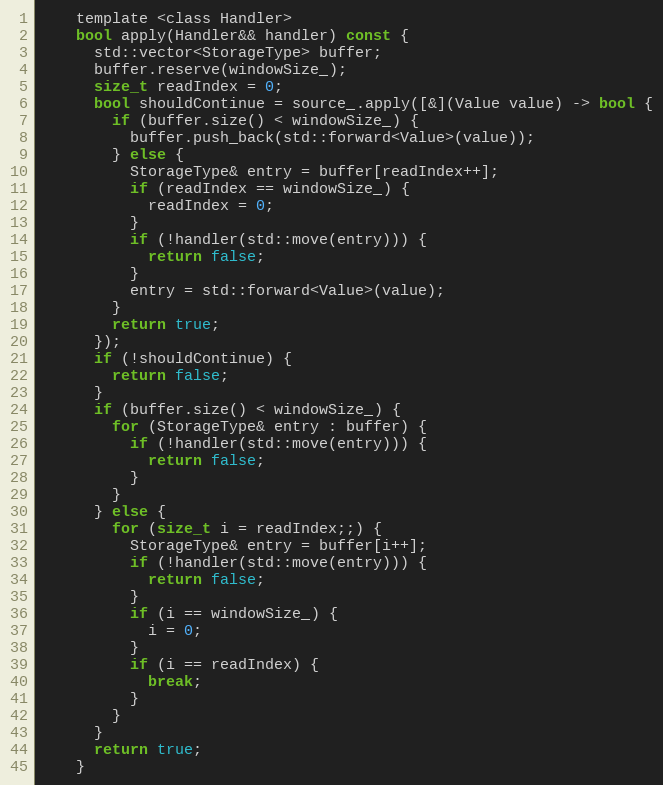
Language: C
    template <class Handler>
    bool apply(Handler&& handler) const {
      std::vector<StorageType> buffer;
      buffer.reserve(windowSize_);
      size_t readIndex = 0;
      bool shouldContinue = source_.apply([&](Value value) -> bool {
        if (buffer.size() < windowSize_) {
          buffer.push_back(std::forward<Value>(value));
        } else {
          StorageType& entry = buffer[readIndex++];
          if (readIndex == windowSize_) {
            readIndex = 0;
          }
          if (!handler(std::move(entry))) {
            return false;
          }
          entry = std::forward<Value>(value);
        }
        return true;
      });
      if (!shouldContinue) {
        return false;
      }
      if (buffer.size() < windowSize_) {
        for (StorageType& entry : buffer) {
          if (!handler(std::move(entry))) {
            return false;
          }
        }
      } else {
        for (size_t i = readIndex;;) {
          StorageType& entry = buffer[i++];
          if (!handler(std::move(entry))) {
            return false;
          }
          if (i == windowSize_) {
            i = 0;
          }
          if (i == readIndex) {
            break;
          }
        }
      }
      return true;
    }